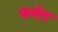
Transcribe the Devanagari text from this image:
फर्मत